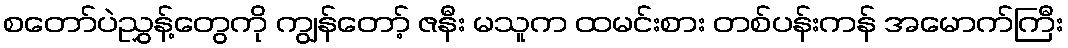
စတော်ပဲညွှန့်တွေကို ကျွန်တော့် ဇနီး မသူက ထမင်းစား တစ်ပန်းကန် အမောက်ကြီး